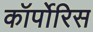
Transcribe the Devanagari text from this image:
कॉर्पोरिस